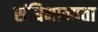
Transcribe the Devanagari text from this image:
संधिमान्यता